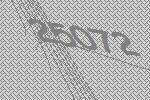
25072